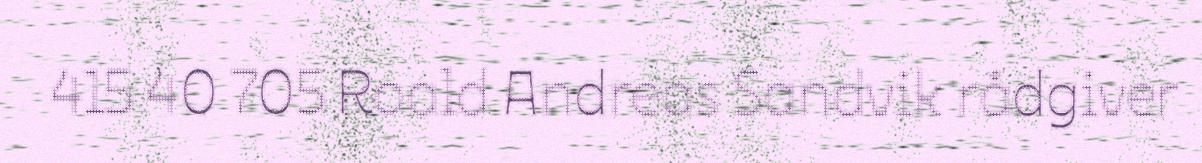
415 40 705 Roald Andreas Sandvik rådgiver